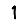
Digit: 1